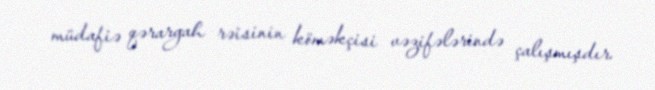
müdafiə qərargah rəisinin köməkçisi vəzifələrində çalışmışdır.